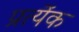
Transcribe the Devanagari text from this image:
प्रत्येंक